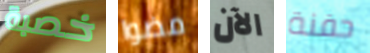
خصبة مضوا الآن حفنة